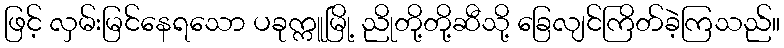
ဖြင့် လှမ်းမြင်နေရသော ပခုက္ကူမြို့ ညိုတို့တို့ဆီသို့ ခြေလျင်ကြိတ်ခဲ့ကြသည်။